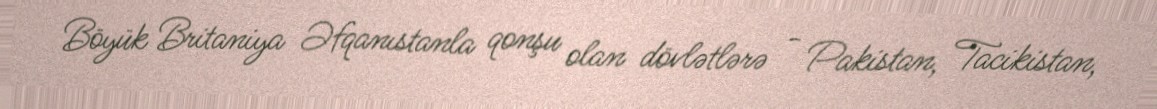
Böyük Britaniya Əfqanıstanla qonşu olan dövlətlərə - Pakistan, Tacikistan,